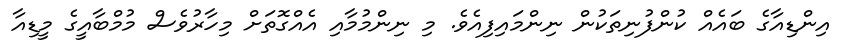
އިންޑިއާގެ ބައެއް ކުންފުނިތަކުން ނިންމައިފިއެވެ. މި ނިންމުމާއި އެއްގޮތަށް މިހާރުވެސް މުމްބާއީގެ މީޑިއާ